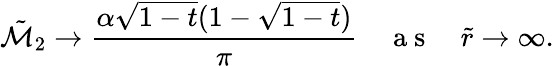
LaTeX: \tilde{\mathcal{M}}_{2}\rightarrow\frac{\alpha\sqrt{1-t}(1-\sqrt{1-t})}{\pi}\quad\mathrm{~a~s~}\quad\tilde{r}\rightarrow\infty.